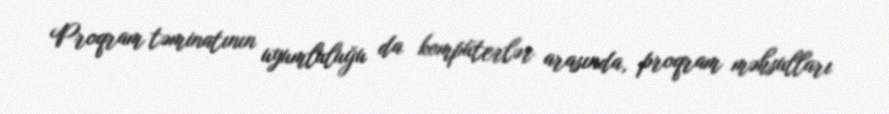
Proqram təminatının uyumluluğu da kompüterlər arasında, proqram məhsulları